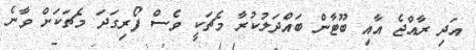
އަދި ރާއްޖެ އާއި ބޫޓާން ބައްދަލުކުރާ މެޗަކީ ވެސް ފޯރިގަދަ މެޗަކަށް ވާނެ